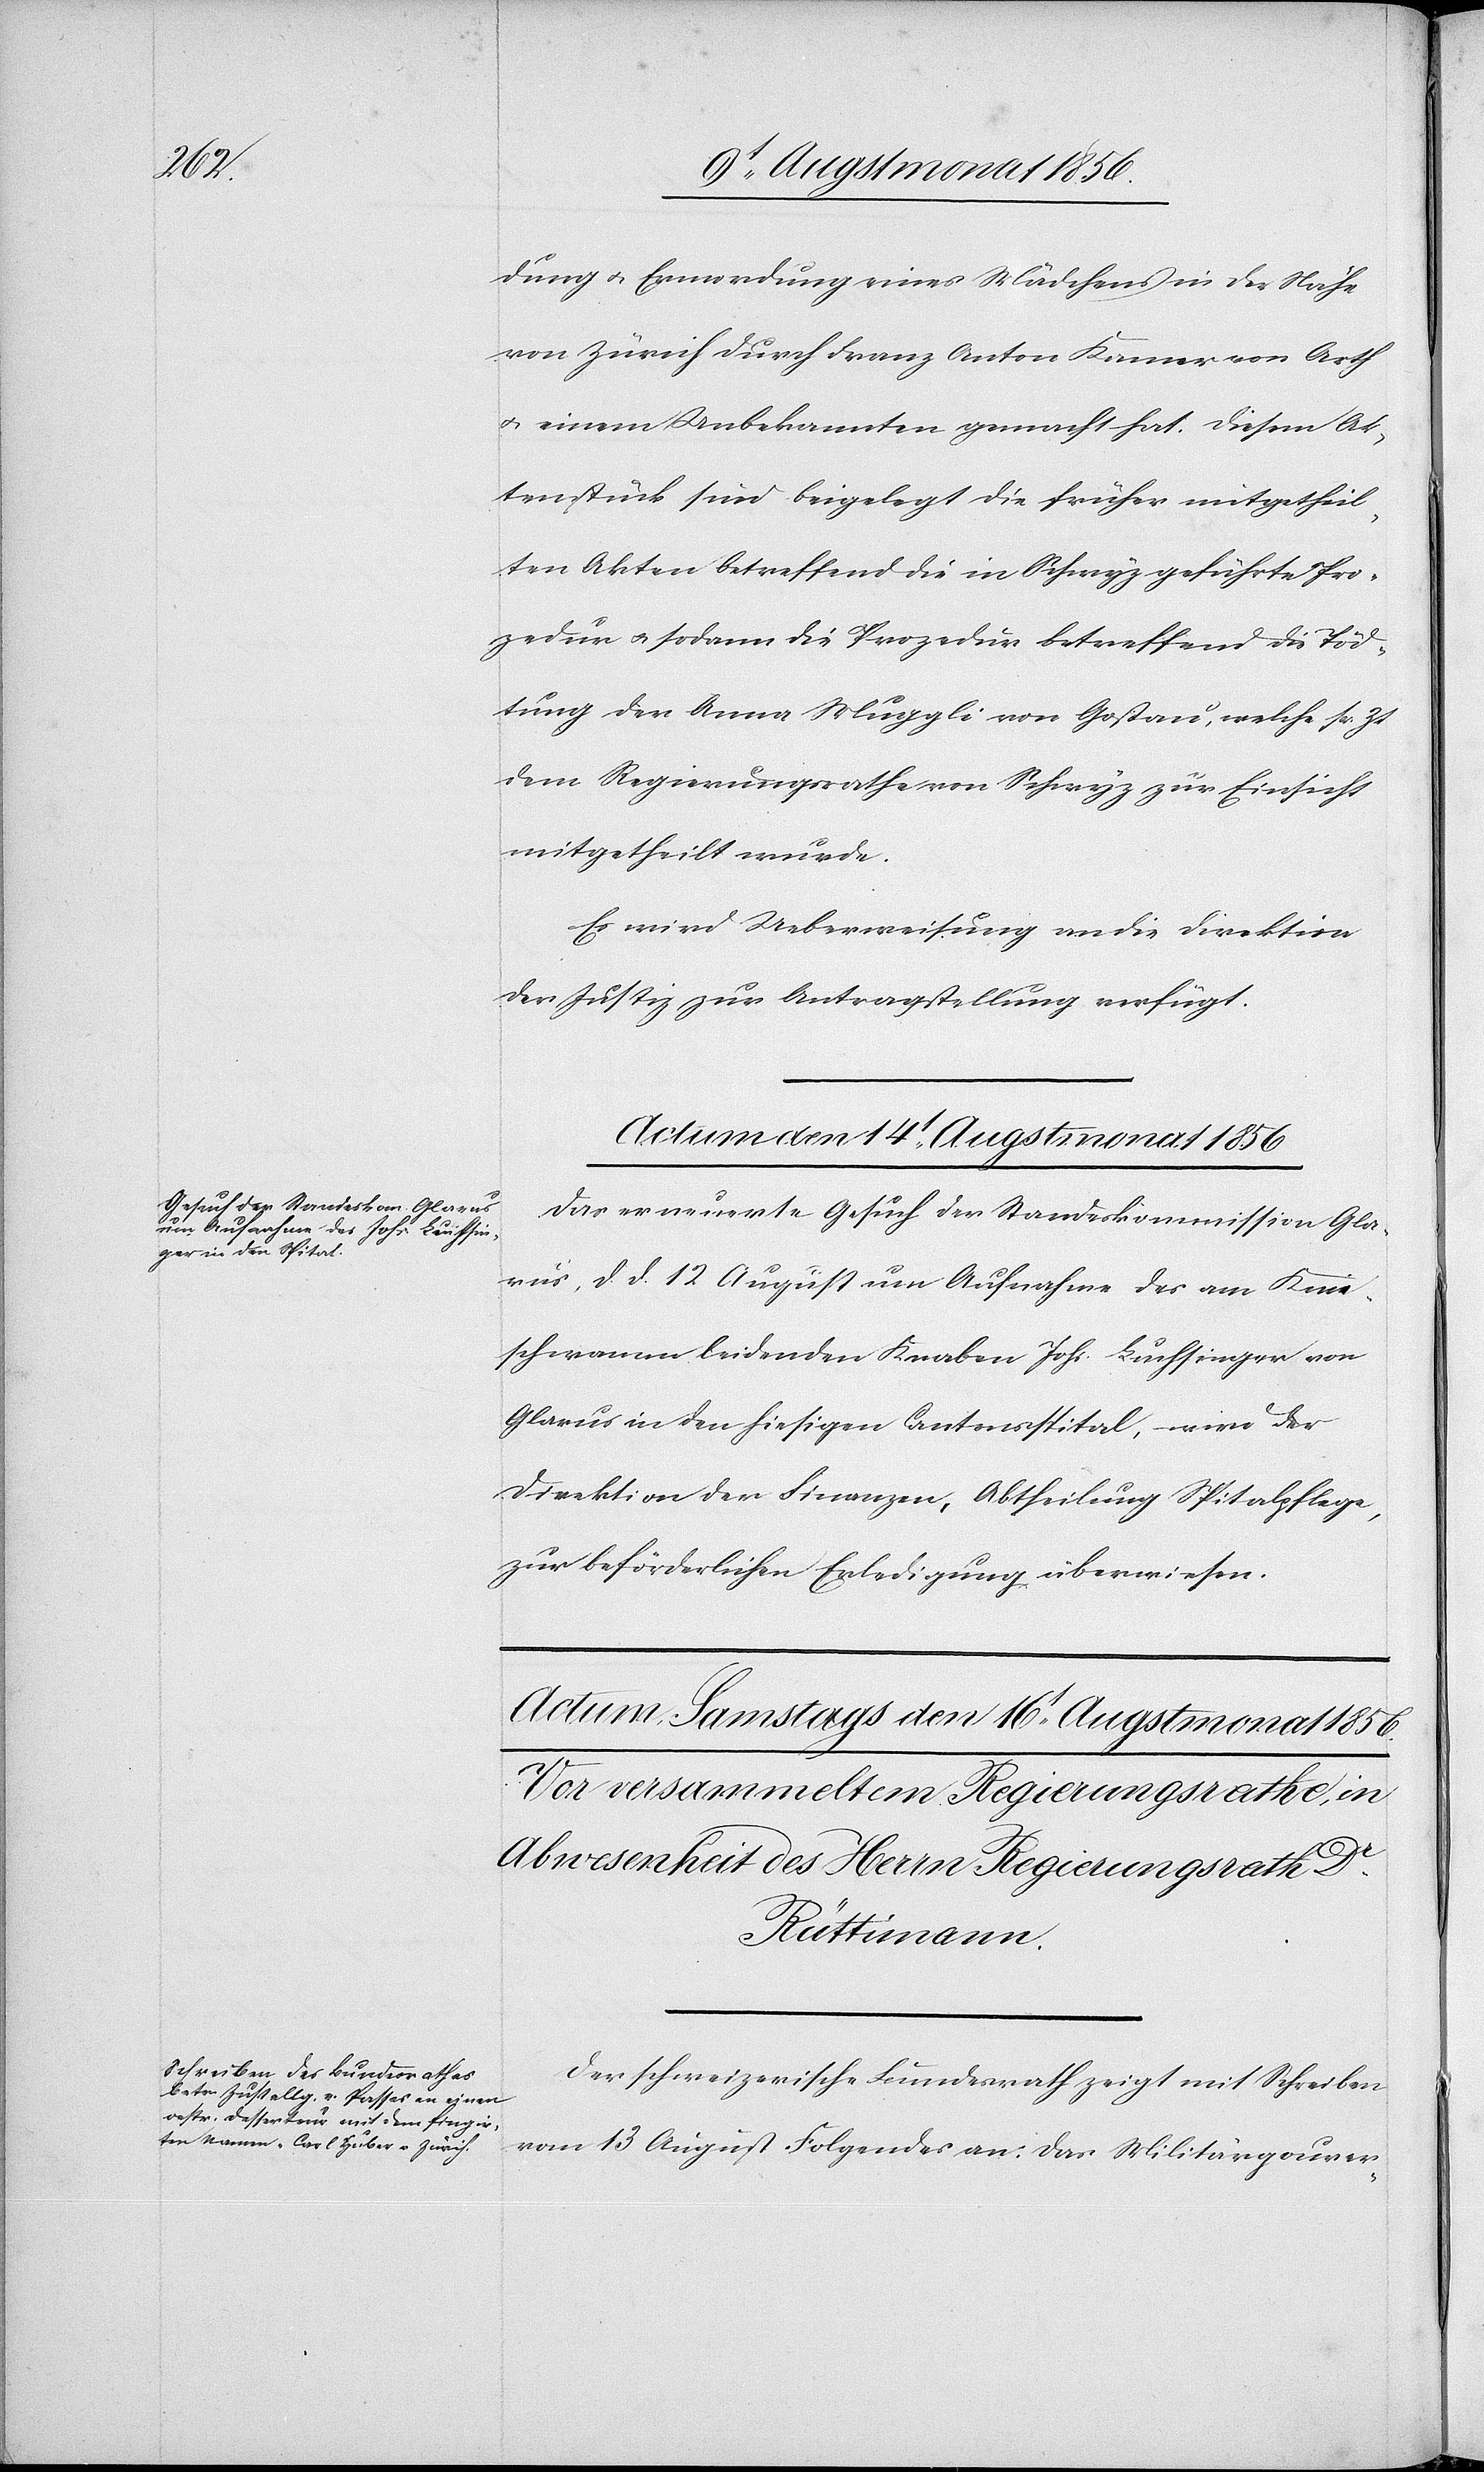
dung u. Ermordung eines Mädchens in der Nähe
von Zürich durch Franz Anton Kamer von Arth
u. einem Unbekannten gemacht hat. Diesem Ak¬
tenstück sind beigelegt die früher mitgetheil¬
ten Akten betreffend die in Schwyz geführte Pro¬
zedur u. sodann die Prozedur betreffend die Töd¬
tung der Anna Muggli von Goßau, welche sr. Zt
dem Regierungsrathe von Schwyz zur Einsicht
mitgetheilt wurde.
Es wird Ueberweisung an die Direktion
der Justiz zur Antragstellung verfügt.
Actum den 14t Augstmonat 1856
Das erneuerte Gesuch der Standeskommission Gla¬
rus, d. d 12 August um Aufnahme des am Knie¬
schwamm leidenden Knaben Johs. Luchsinger von
Glarus in den hiesigen Cantonsspital, wird der
Direktion der Finanzen, Abtheilung Spitalpflege,
zur beförderlichen Erledigung überwiesen.
Der schweizerische Bundesrath zeigt mit Schreiben
vom 13 August Folgendes an: Das Militärgouver-